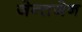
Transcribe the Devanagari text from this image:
जेन्तजेन